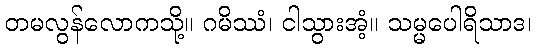
တမလွန်လောကသို့။ ဂမိဿံ၊ ငါသွားအံ့။ သမ္မပေါရိသာဒ၊